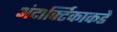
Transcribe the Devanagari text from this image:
अंटार्क्टिकाकडे